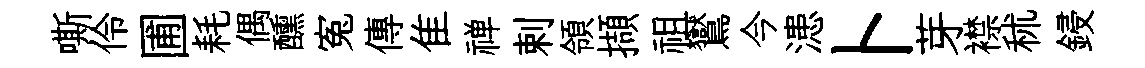
嘶伶圃耗偶醺寃傳隹禅剌領擷祖鸑今漶卜芽襟秫鋟